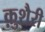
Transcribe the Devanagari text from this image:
क़ुशैरी